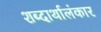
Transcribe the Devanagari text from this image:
शब्दार्थालंकार